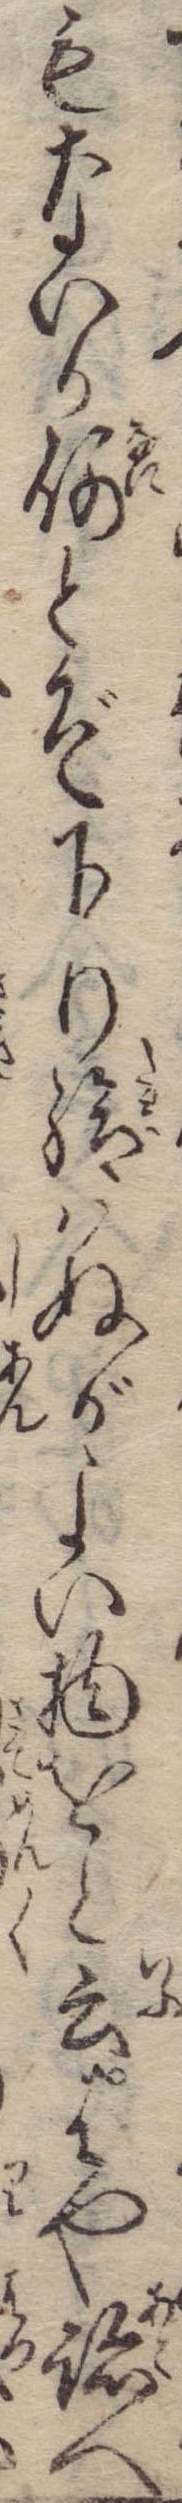
もないか何とぞ下り給はぬがよい物をと云はや跡へ